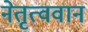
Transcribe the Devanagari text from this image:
नेतृत्ववान